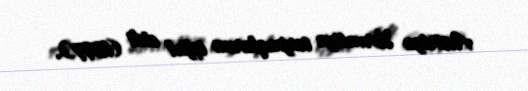
Avstriya Xorvatiya torpaqlarını işğal etdi (1697).